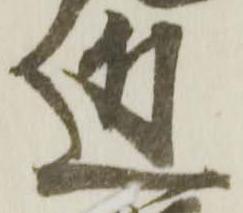
近